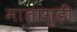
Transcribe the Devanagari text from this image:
मातागुड़ी